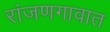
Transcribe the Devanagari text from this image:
रांजणगावात